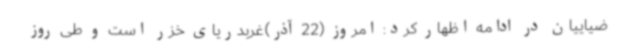
ضیاییان در ادامه اظهار کرد: امروز (22 آذر)غربدریای خزر است و طی روز